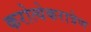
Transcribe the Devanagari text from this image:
करोत्येकरात्रेण